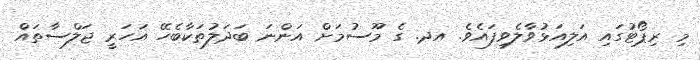
މި ރިޕޯޓުގައި އަލިއަޅުވާލެވިފައެވެ. އދ. ގެ މޫސުމަށް އަންނަ ބަދަލުތަކާބެހޭ އަހަރީ ޖަލްސާތައް